Problem: 12 × 5 = ?
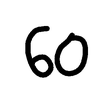
Handwritten answer: 60